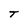
Character: T